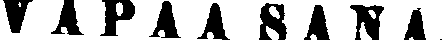
VAPAASANA